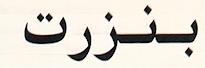
بنزرت